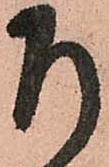
乍